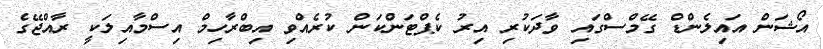
އޯޝަން އައިލެންޑް ގޭމްސްގައި ވާދަކުރި އިރު ކެޕްޓަންކަން ކުރެއްވި އިބްރާހިމް އިސްމާއިލަކީ ރާއްޖޭގެ